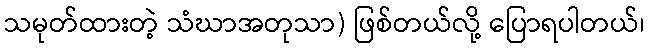
သမုတ်ထားတဲ့ သံဃာအတုသာ) ဖြစ်တယ်လို့ ပြောရပါတယ်၊